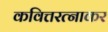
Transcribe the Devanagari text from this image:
कवित्तरत्नाकर